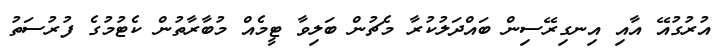
އުރުގުއޭ އާއި އިނގިރޭސިން ބައްދަލުކުރާ މެޗުން ބަލިވާ ޓީމެއް މުބާރާތުން ކެޓުމުގެ ފުރުސަތު